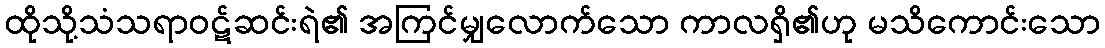
ထိုသို့သံသရာဝဋ်ဆင်းရဲ၏ အကြင်မျှလောက်သော ကာလရှိ၏ဟု မသိကောင်းသော